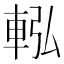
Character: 䡏